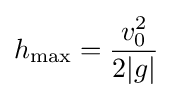
h_{\mathrm {max} }={\frac {v_{0}^{2}}{2|g|}}